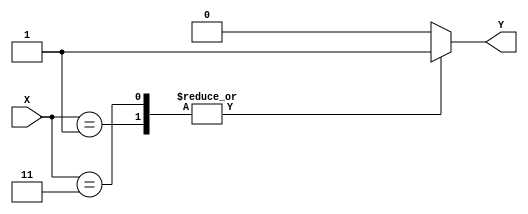
module case_statement(
    input wire [3:0] X,
    output reg Y
);

always @(X)
begin
    case(X)
        4'b0000: Y <= 0;
        4'b0001: Y <= 1;
        4'b0010: Y <= 2;
        4'b0011: Y <= 3;
        default: Y <= 4;
    endcase
end

endmodule